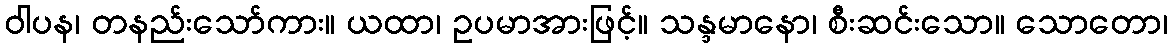
ဝါပန၊ တနည်းသော်ကား။ ယထာ၊ ဥပမာအားဖြင့်။ သန္ဒမာနော၊ စီးဆင်းသော။ သောတော၊